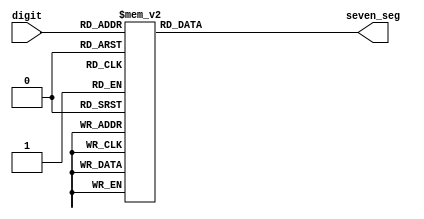
`timescale 1ns / 1ps
//////////////////////////////////////////////////////////////////////////////////
// Company: 
// Engineer: 
// 
// Design Name: 
// Module Name:    seven_segment 
// Project Name: 
// Target Devices: 
// Tool versions: 
// Description: 
//
// Dependencies: 
//
// Revision: 
// Revision 0.01 - File Created
// Additional Comments: 
//
//////////////////////////////////////////////////////////////////////////////////
module seven_segment(
	input wire [3:0] digit,
	output wire [7:0] seven_seg
    );

reg[7:0] SevenSeg;

always @ (*) begin
case(digit)    
	 4'h0: SevenSeg = 8'b11000000;
    4'h1: SevenSeg = 8'b11111001;
    4'h2: SevenSeg = 8'b10100100;
    4'h3: SevenSeg = 8'b10110000;
    4'h4: SevenSeg = 8'b10011001;
    4'h5: SevenSeg = 8'b10010010;
    4'h6: SevenSeg = 8'b10000010;
    4'h7: SevenSeg = 8'b11111000;
    4'h8: SevenSeg = 8'b10000000;
    4'h9: SevenSeg = 8'b10010000;
    default: SevenSeg = 8'b11111111;
endcase
end
assign seven_seg = SevenSeg;

endmodule